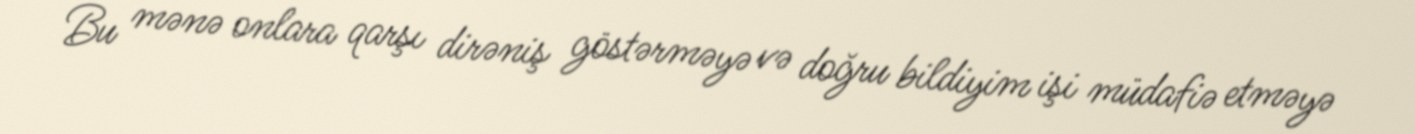
Bu mənə onlara qarşı dirəniş göstərməyə və doğru bildiyim işi müdafiə etməyə